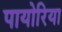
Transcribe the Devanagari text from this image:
पायोरिया